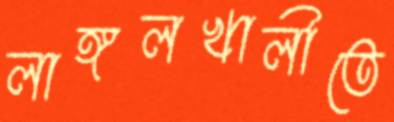
লাঙ্গলখালীতে